Vaccination in Bombay 1856-1862 - 1856-1862
Year: 1856
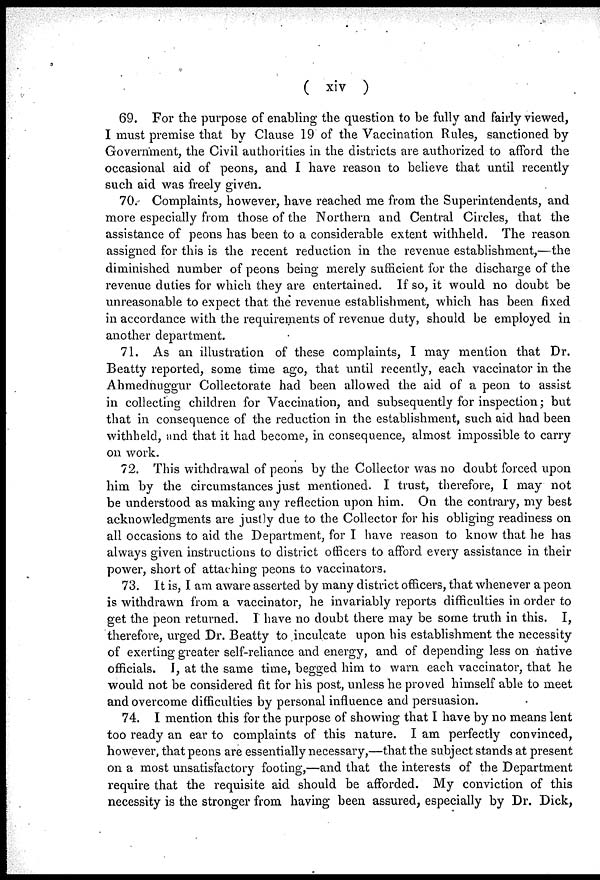
( xiv )
69. For the purpose of enabling the question to be fully and fairly viewed,
I must premise that by Clause 19 of the Vaccination Rules, sanctioned by
Government, the Civil authorities in the districts are authorized to afford the
occasional aid of peons, and I have reason to believe that until recently
such aid was freely given.
70. Complaints, however, have reached me from the Superintendents, and
more especially from those of the Northern and Central Circles, that the
assistance of peons has been to a considerable extent withheld. The reason
assigned for this is the recent reduction in the revenue establishment,—the
diminished number of peons being merely sufficient for the discharge of the
revenue duties for which they are entertained. If so, it would no doubt be
unreasonable to expect that the revenue establishment, which has been fixed
in accordance with the requirements of revenue duty, should be employed in
another department.
71. As an illustration of these complaints, I may mention that Dr.
Beatty reported, some time ago, that until recently, each vaccinator in the
Ahmednuggur Collectorate had been allowed the aid of a peon to assist
in collecting children for Vaccination, and subsequently for inspection; but
that in consequence of the reduction in the establishment, such aid had been
withheld, and that it had become, in consequence, almost impossible to carry
on work.
72. This withdrawal of peons by the Collector was no doubt forced upon
him by the circumstances just mentioned. I trust, therefore, I may not
be understood as making any reflection upon him. On the contrary, my best
acknowledgments are justly due to the Collector for his obliging readiness on
all occasions to aid the Department, for I have reason to know that he has
always given instructions to district officers to afford every assistance in their
power, short of attaching peons to vaccinators.
73. It is, I am aware asserted by many district officers, that whenever a peon
is withdrawn from a vaccinator, he invariably reports difficulties in order to
get the peon returned. I have no doubt there may be some truth in this. I,
therefore, urged Dr. Beatty to inculcate upon his establishment the necessity
of exerting greater self-reliance and energy, and of depending less on native
officials. I, at the same time, begged him to warn each vaccinator, that he
would not be considered fit for his post, unless he proved himself able to meet
and overcome difficulties by personal influence and persuasion.
74. I mention this for the purpose of showing that I have by no means lent
too ready an ear to complaints of this nature. I am perfectly convinced,
however, that peons are essentially necessary,—that the subject stands at present
on a most unsatisfactory footing,—and that the interests of the Department
require that the requisite aid should be afforded. My conviction of this
necessity is the stronger from having been assured, especially by Dr. Dick,